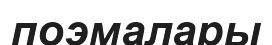
поэмалары